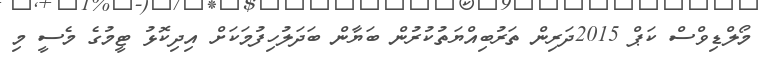
މޯލްޑިވްސް ކަޕް 2015ދަރިން ތަރުބިއްޔަތުކުރުން ބަޔާން ބަދަލުހިފުމަކަށް އިދިކޮޅު ޓީމުގެ މެސީ މި